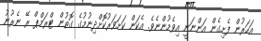
އަހަރުން ފެށިގެން އަންނަނީ އިވެމުންނެވެ. އެކަން ކަށަވަރުކޮށްދިނުމުގެ ގޮތުން ޓްރަމްޕް ރޭ ނެރުނު